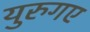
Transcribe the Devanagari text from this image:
युरुगए